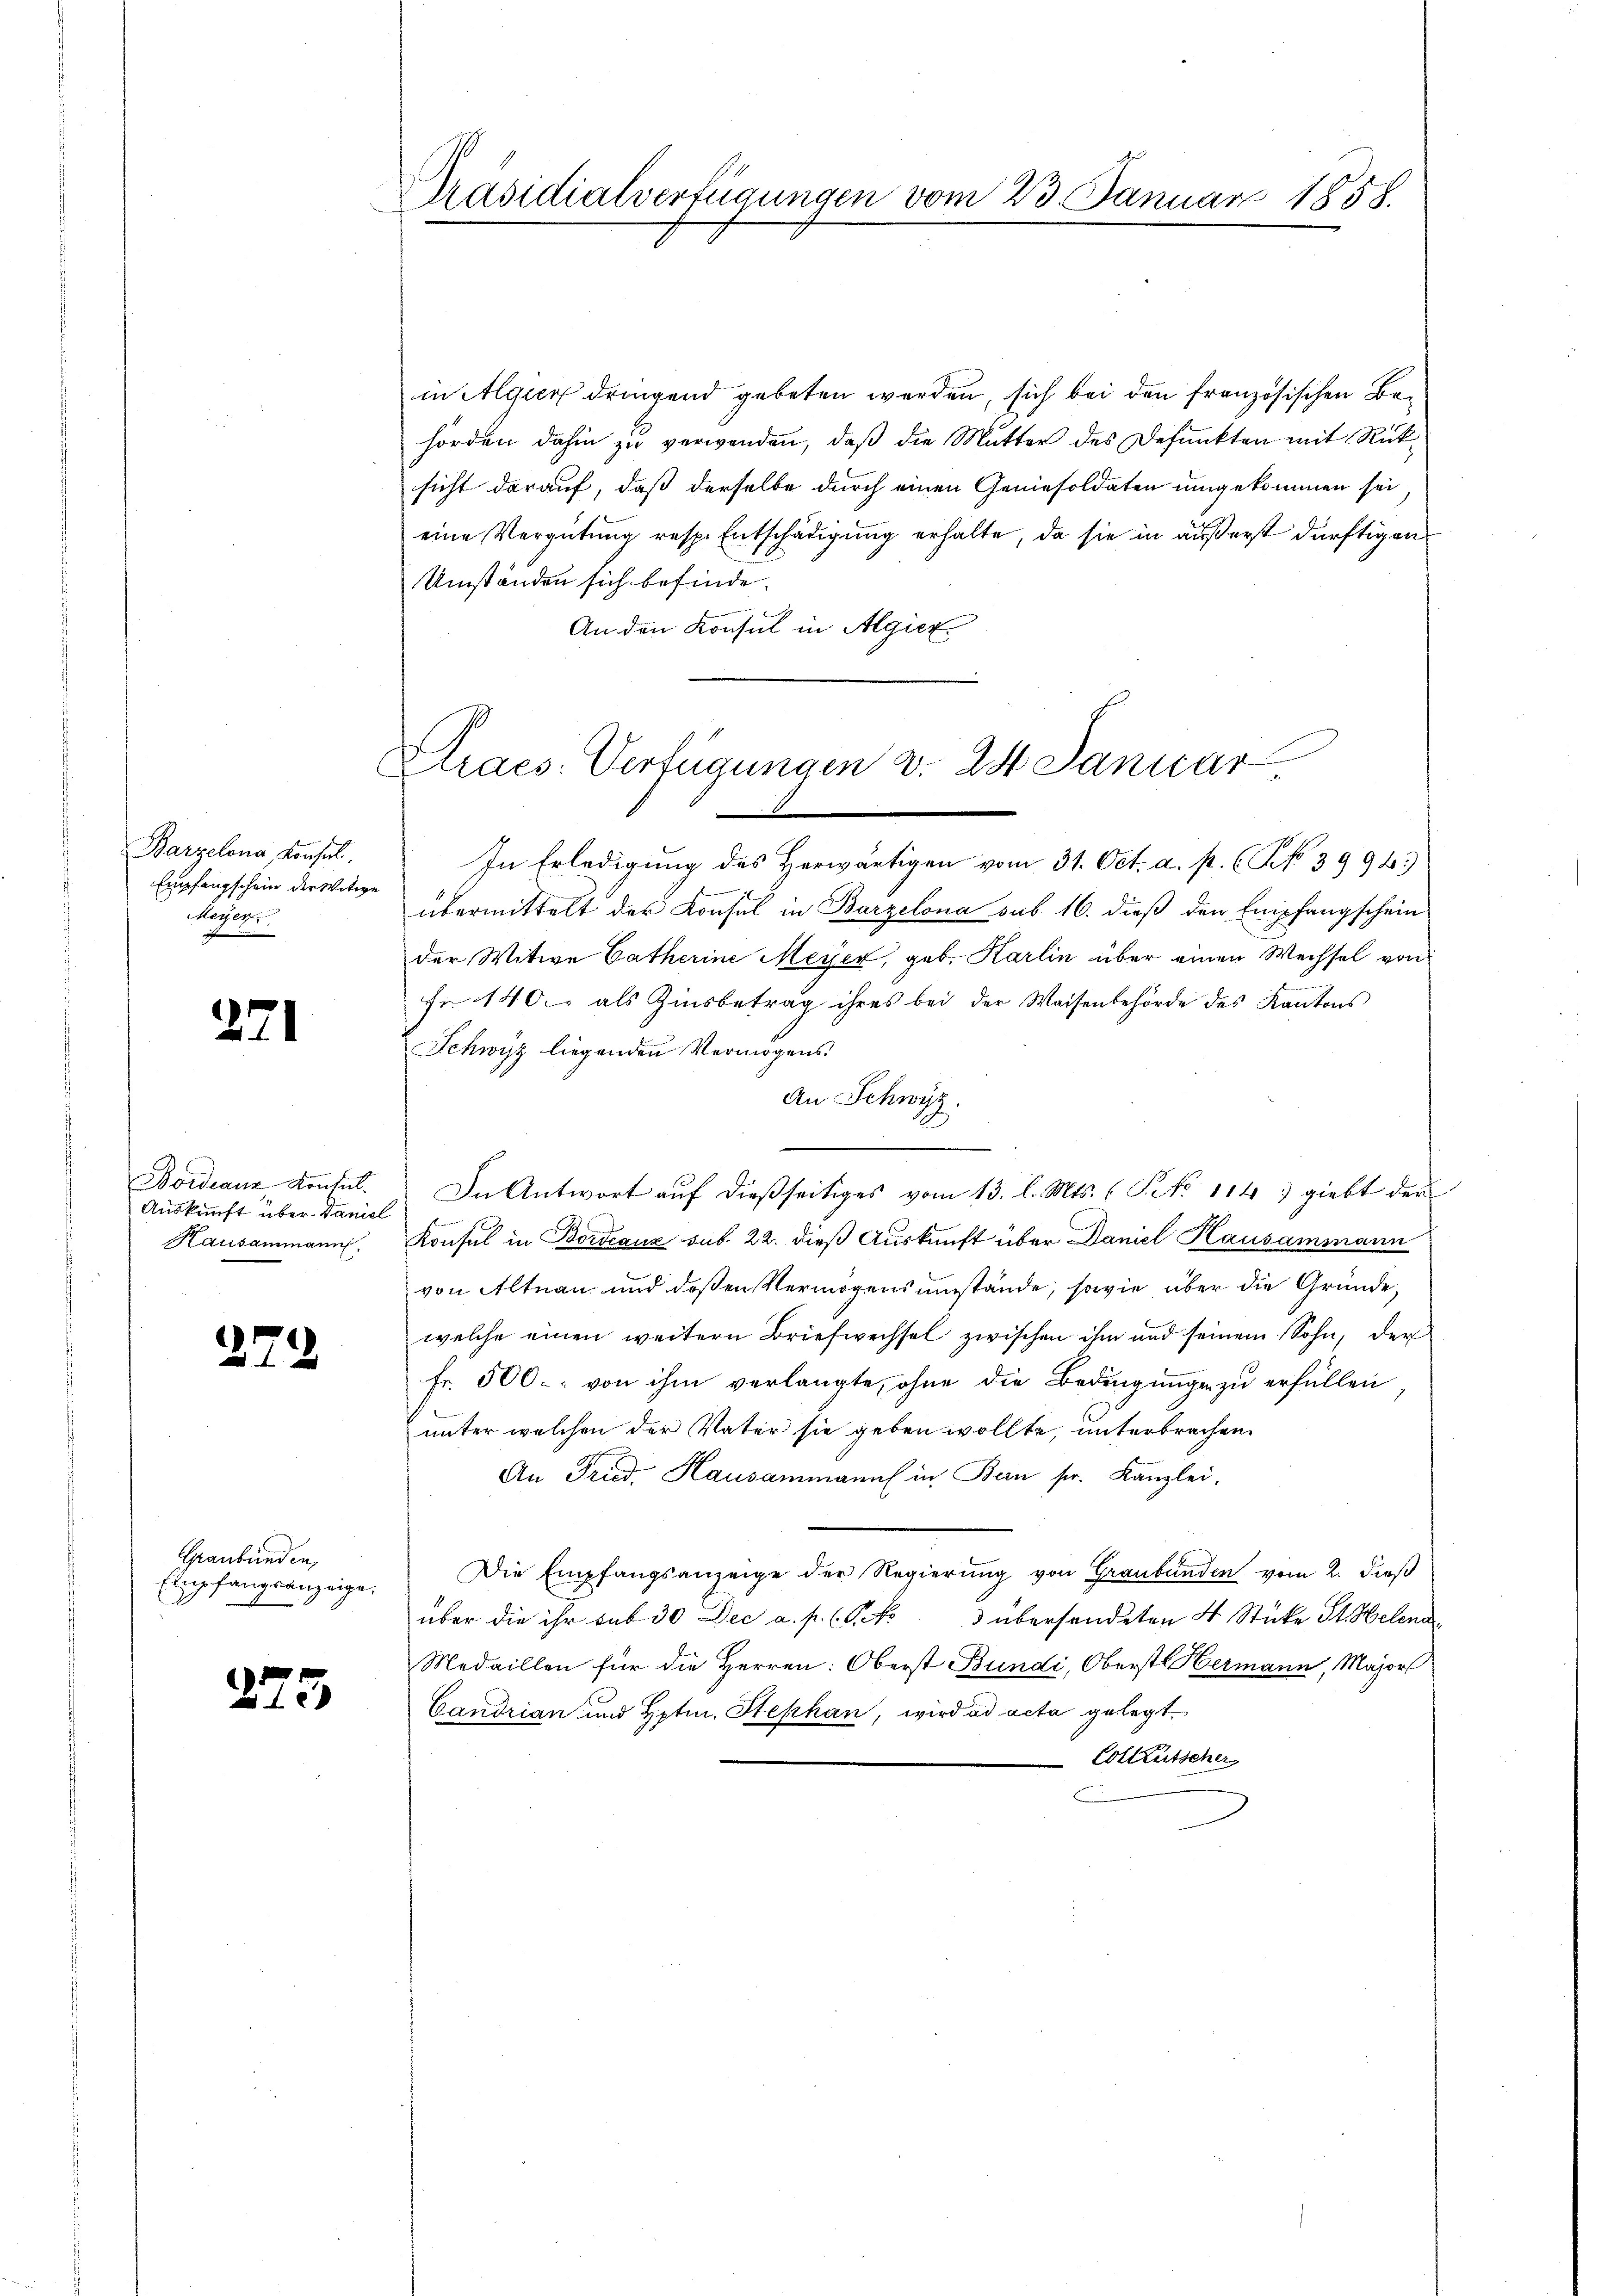
Barzelona, Konsul
Empfangschein der Witwe
Meyer.

271

Bordeaux, Kontul.
Auskunft über Daniel
Hausammann.

2

Graubünden,
Elpfangsanzeige.

2

2

3

in Algien dringend gebeten werden, sich bei den französischen Behörden dahin zu verwenden, daß die Mutter des Defunkten mit Rücksicht darauf, daß derselbe durch einen Geniesoldaten umgekommen sei
eine Vergütung resp. Entschädigung erhalte, da sie in äußerst dürftigen
Umständen sich befinde.
An den Konsul in Algier

Präsidialverfügungen vom 23. Januar 1858.

u
Praes. Verfügungen v. 24 Januar

In Erledigung des Herwärtigen vom 31. Oct. a. p. (N. 39943
übermittelt der Konsul in Barzelona sub 16. dieß den Empfangschein
der Witwe Catherine Meyer, geb. Karlin über einen Wechsel von
fr 140. als Zinsbetrag ihres bei der Waisenbehörde des Kantons
Schwyz liegenden Vermögens
An Schwyz.
.
e
In Antwort auf dießseitiges vom 13. l. Mts. (Po 114) giebt der

Konsul in Bordeaux sub 22. dieß Auskunft über Daniel Hausammann
von Altnau und deßen Vermögensumstände, sowie über die Gründe,
welche einen weitern Briefwechsel zwischen ihm und seinem Sohn, der
fr. 500. von ihm verlangte, ohne die Bedingunge zu erfüllen
unter welchen der Vater sie geben wollte, unterbrachen.
An Fried. Hausammanns in Bein sr. Kanzlei.
Die Empfangsanzeige der Regierung von Graubünden vom 2. dieß
3 übersendeten 4 Stücke St. Helena
über die ihr sub 30 Dec a. p. (T. No
Medaillen für die Herren: Oberst Bundi, Oberst Hermann, Majors
Candrian und Hptm. Stephan, wird ad acta gelegt.
Coltkutscher